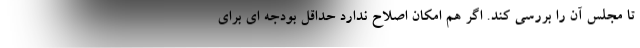
تا مجلس آن را بررسی کند. اگر هم امکان اصلاح ندارد حداقل بودجه ای برای